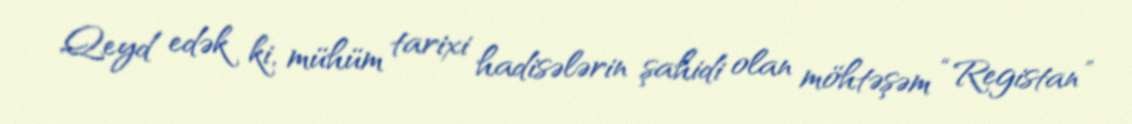
Qeyd edək ki, mühüm tarixi hadisələrin şahidi olan möhtəşəm “Registan”